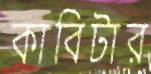
কাবিটার